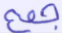
جمع